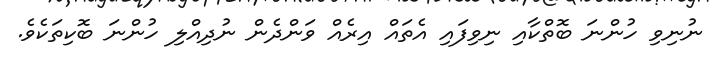
ނުނިވި ހުންނަ ބޮތްކާއި ނިވިފައި އެތައް އިރެއް ވަންދެން ނުދިއްލި ހުންނަ ބޮކިތަކެވެ.